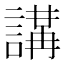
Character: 𧪸